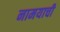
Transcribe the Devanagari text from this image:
नामयाची